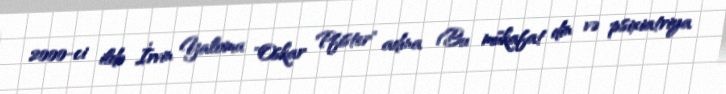
2000-ci ildə İrvin Yaloma "Oskar Pfister" adına (Bu mükafat din və psixiatriya